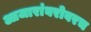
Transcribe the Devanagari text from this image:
आजारांबरोबरच